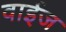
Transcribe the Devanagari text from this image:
वाईज